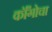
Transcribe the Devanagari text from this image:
कॉँगोचा